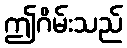
ဤဂိမ်းသည်